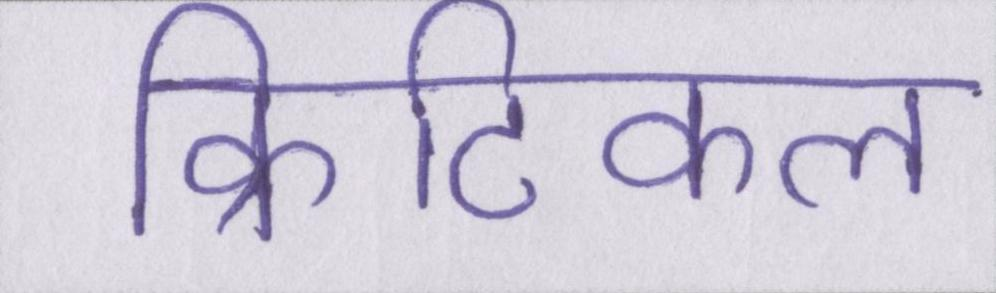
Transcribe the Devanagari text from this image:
क्रिटिकल